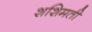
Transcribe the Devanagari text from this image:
शशिमती